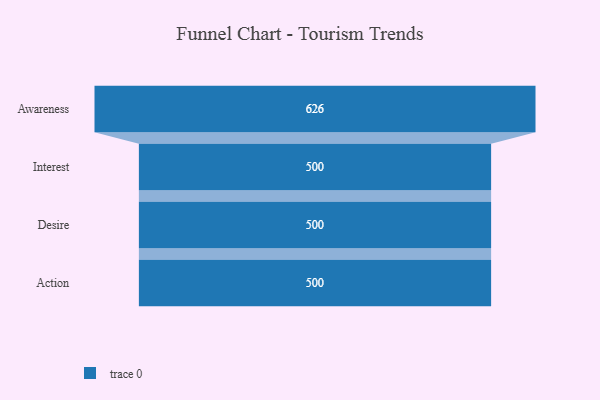
{"axis": {"x": "Stage", "y": "Value"}, "legend": [""], "data": [{"x": "Awareness", "y": 626.0, "type": ""}, {"x": "Interest", "y": 500, "type": ""}, {"x": "Desire", "y": 500, "type": ""}, {"x": "Action", "y": 500, "type": ""}]}